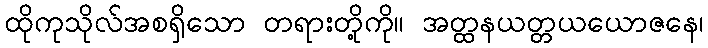
ထိုကုသိုလ်အစရှိသော တရားတို့ကို။ အတ္ထနယတ္တယယောဇနေ၊